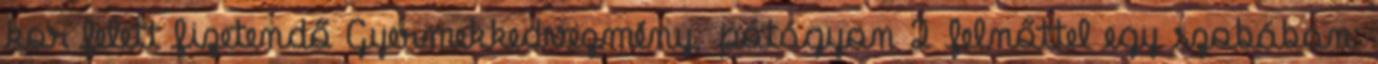
kor felett fizetendő Gyermekkedvezmény, pótágyon 2 felnőttel egy szobában: